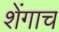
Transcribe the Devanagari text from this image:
शेंगाच